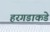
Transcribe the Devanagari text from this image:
हरगडाकडे